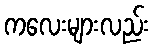
ကလေးများလည်း